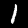
Digit: 1